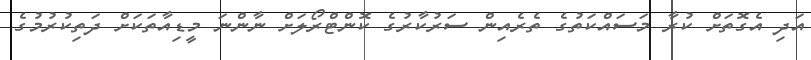
އަދި އެގޮތަށް ކުރާ މަސައްކަތުގެ ތެރެއިން ސަރުކާރުގެ ކޮންޓްރޯލަށް ނާންނަ މީޑިއާތަކަށް ދަތިކުރުމުގެ